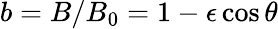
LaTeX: b=B/B_{0}=1-\epsilon\cos\theta